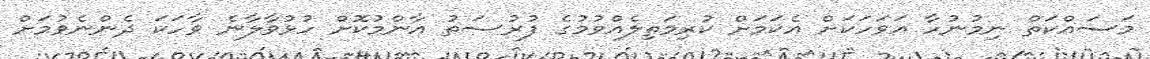
މަސައްކަތް ނިމުނުހާ އަވަހަކަށް އެކަމަށް ކުރިމަތިލެއްވުމުގެ ފުރުސަތު އާންމުކޮށް ހުޅުވާލާނެ ވާހަކަ ދެންނެވުމަށް